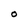
Character: O